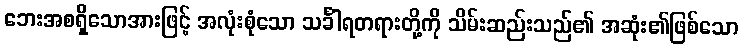
ဘေးအစရှိသောအားဖြင့် အလုံးစုံသော သင်္ခါရတရားတို့ကို သိမ်းဆည်းသည်၏ အဆုံး၏ဖြစ်သော